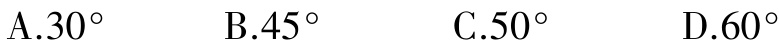
A.$30^{\circ}$  B.$45^{\circ}$  C.$50^{\circ}$  D.$60^{\circ}$